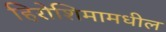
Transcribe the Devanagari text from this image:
हिरोशिमामधील